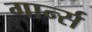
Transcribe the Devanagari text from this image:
गार्न्स